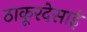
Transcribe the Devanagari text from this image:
ठाकूरदेसाई